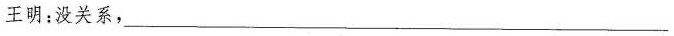
王明：没关系，___